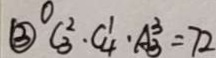
\textcircled { 3 } C _ { 3 } ^ { 2 } \cdot C _ { 4 } ^ { 1 } \cdot A ^ { 3 } _ { 3 } = 7 2